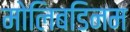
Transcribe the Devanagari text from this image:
मोलिबडिनम